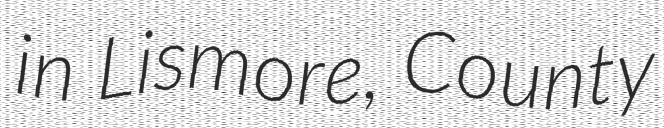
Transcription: in Lismore, County